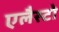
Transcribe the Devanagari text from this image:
एलैस्टो